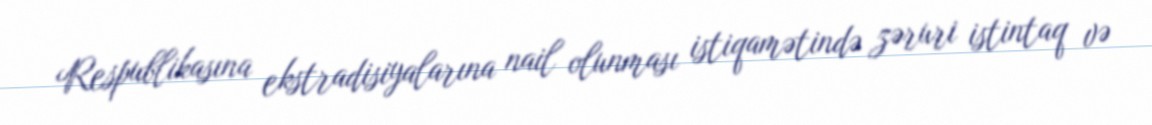
Respublikasına ekstradisiyalarına nail olunması istiqamətində zəruri istintaq və